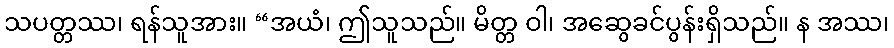
သပတ္တဿ၊ ရန်သူအား။ “အယံ၊ ဤသူသည်။ မိတ္တ ဝါ၊ အဆွေခင်ပွန်းရှိသည်။ န အဿ၊